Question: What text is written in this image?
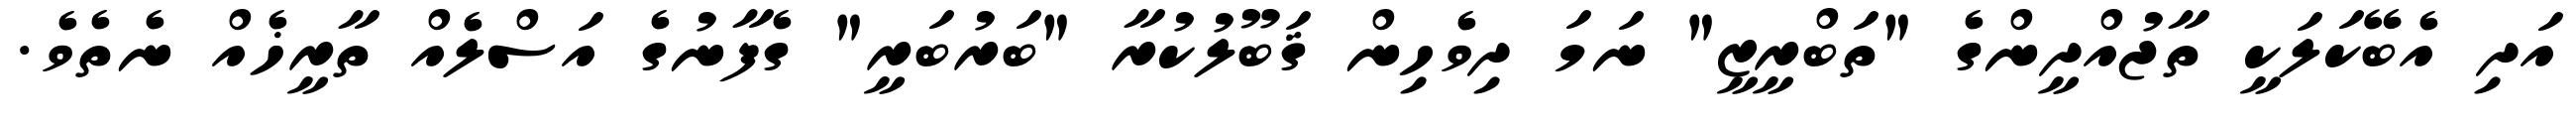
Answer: އަދި އެބޭކަލަކީ ތާޖުއްދީންގެ "ތަބްރީޒީ" ނަމަ ދިވެހިން ޤަބޫލުކުރާ "ބަރުބަރީ" ގެފާނުގެ އަސްލެއް ތާރީޚެއް ނެތެވެ.